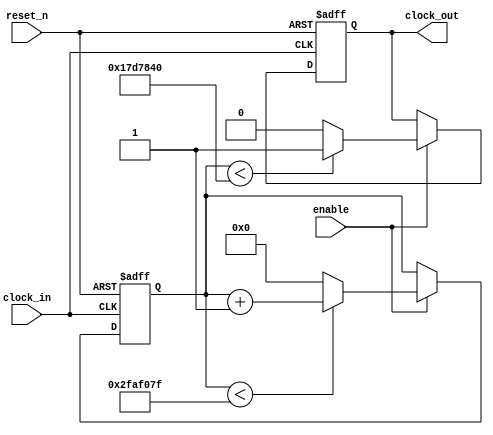
module Divisor
#(
	parameter NUM_BITS = 26,
	parameter MOD = 50_000_000
)
(
	input wire clock_in, reset_n, enable,
	output reg clock_out
);
	reg [NUM_BITS - 1:0] count;
	
	always@(posedge clock_in, negedge reset_n) begin
		
		if(reset_n == 0) begin
			count <= {NUM_BITS{1'b0}};
			clock_out <= 1'b0;
		end
		
		else if(enable == 1) begin
			count <= (count < (MOD) - 1) ? count + 1'b1 : {NUM_BITS{1'b0}};
			clock_out <= (count < MOD/2) ? 1'b1 : 1'b0;
		end
		
	end
endmodule